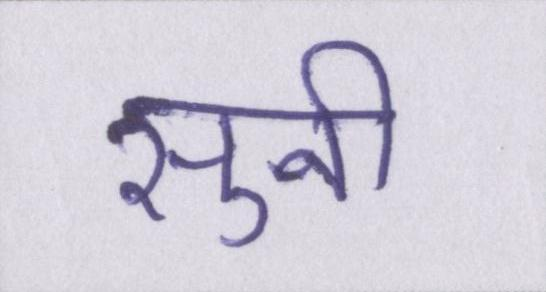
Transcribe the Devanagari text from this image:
सुनी